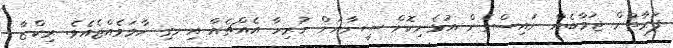
ފަރާތުން ޖަވާބެއް ނައިސްގެން އުޅެނިކޮށް ސީނާއަށް ހުރިހާ އެއްޗެއް އިނގި ހާމަވެއްޖެއެވެ. ރިކްޒާ